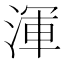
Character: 渾